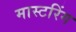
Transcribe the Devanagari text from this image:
मास्‍टरिंग